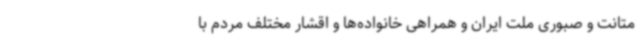
متانت و صبوری ملت ایران و همراهی خانواده‌ها و اقشار مختلف مردم با